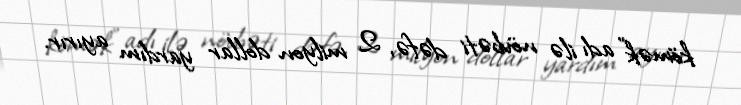
kömək” adı ilə növbəti dəfə, 2 milyon dollar yardım ayırır.